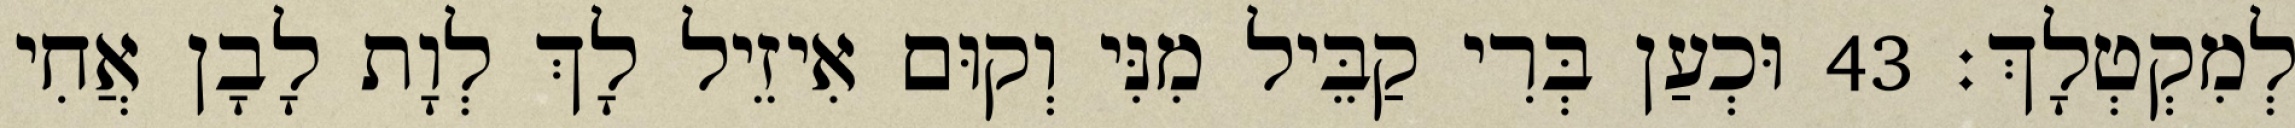
לְמִקְטְלָךְ׃ 43 וּכְעַן בְּרִי קַבֵּיל מִנִּי וְקוּם אִיזֵיל לָךְ לְוָת לָבָן אֲחִי